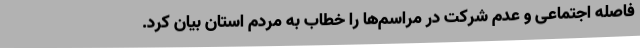
فاصله اجتماعی و عدم شرکت در مراسم‌ها را خطاب به مردم استان بیان کرد.